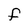
Character: F